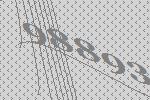
98893